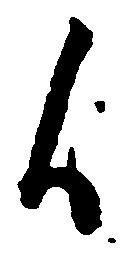
候